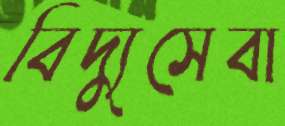
বিদ্যুসেবা